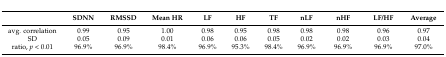
|  | SDNN | RMSSD | Mean HR | LF | HF | TF | nLF | nHF | LF/HF | Average |
 | --- | --- | --- | --- | --- | --- | --- | --- | --- | --- | --- |
 | avg. correlation | 0.99 | 0.95 | 1.00 | 0.98 | 0.95 | 0.98 | 0.98 | 0.98 | 0.96 | 0.97 |
 | SD | 0.05 | 0.09 | 0.01 | 0.06 | 0.06 | 0.05 | 0.02 | 0.02 | 0.03 | 0.04 |
 | ratio, p < 0.01 | 96.9% | 96.9% | 98.4% | 96.9% | 95.3% | 98.4% | 96.9% | 96.9% | 96.9% | 97.0% |